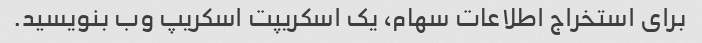
برای استخراج اطلاعات سهام، یک اسکریپت اسکریپ وب بنویسید.